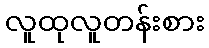
လူထုလူတန်းစား